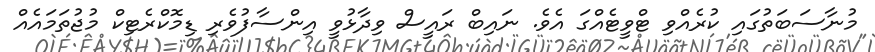
މުނާސަބަތުގައި ކުރެއްވި ޓްވީޓެއްގަ އެވެ. ނައިބް ރައީސް ވިދާޅުވީ އިންސާފުވެރި ޑިމޮކްރެޓިކް މުޖުތަމައެއް